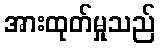
အားထုတ်မှုသည်